Civil Veterinary Dept. Assam report 1927-50 - 1927-1950
Year: 1927
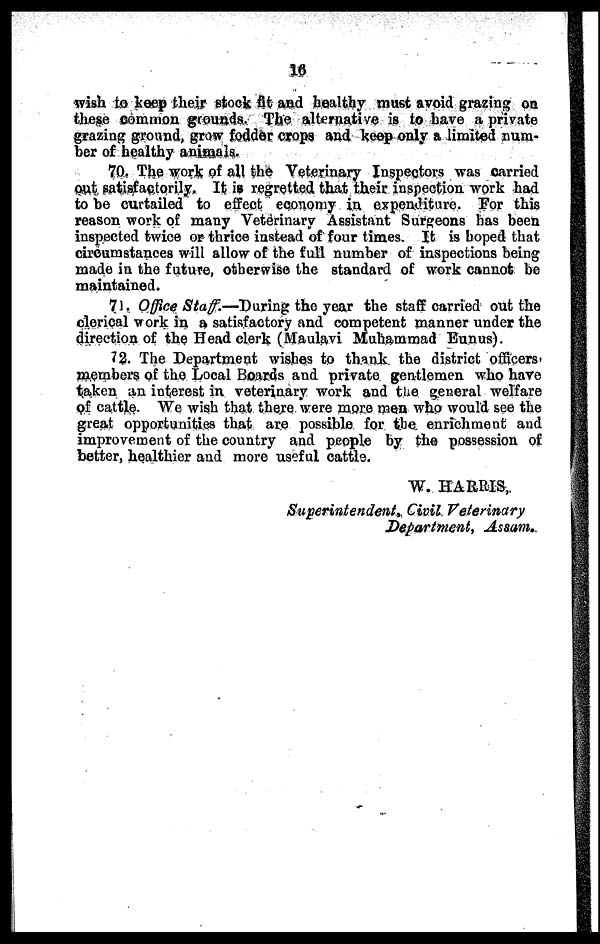
16
wish to keep their stock fit and healthy must avoid grazing on
these common grounds. The alternative is to have a private
grazing ground, grow fodder crops and keep only a limited num-
ber of healthy animals.
70. The work of all the Veterinary Inspectors was carried
out satisfactorily. It is regretted that their inspection work had
to be curtailed to effect economy in expenditure. For this
reason work of many Veterinary Assistant Surgeons has been
inspected twice or thrice instead of four times. It is hoped that
circumstances will allow of the full number of inspections being
made in the future, otherwise the standard of work cannot be
maintained.
71. Office Staff.—During the year the staff carried out the
clerical work in a satisfactory and competent manner under the
direction of the Head clerk (Maulavi Muhammad Eunus).
72. The Department wishes to thank the district officers.
members of the Local Boards and private gentlemen who have
taken an interest in veterinary work and the general welfare
of cattle. We wish that there were more men who would see the
great opportunities that are possible for the enrichment and
improvement of the country and people by the possession of
better, healthier and more useful cattle.
W. HARRIS,
Superintendent, Civil Veterinary
Department, Assam.